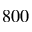
8 0 0